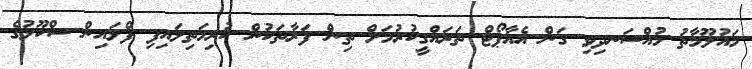
މައުލޫމާތު މުއްސަނދިވި ގަން އެއާޕޯޓް ތަރައްގީކުރުމަށް ތިން ފަރާތަކުން ކުރިމަތިލައިފި ފްލައިން ސްކޫލުގެ